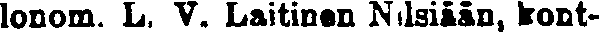
lonom. L, V. Laitinen Nilsiään, kont-